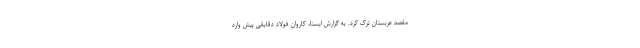
مقصد عربستان ترک کرد. به گزارش ایسنا، کاروان فولاد دقایقی پیش وارد